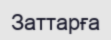
Заттарға